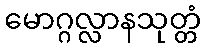
မောဂ္ဂလ္လာနသုတ္တံ